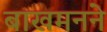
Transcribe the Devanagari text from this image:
बाखमनने